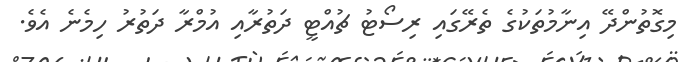
މިގޮތުންދޭ އިނާމުތަކުގެ ތެރޭގައި ރިސޯޓު ޗުއްޓީ ދަތުރާއި އުމްރާ ދަތުރު ހިމެނެ އެވެ.